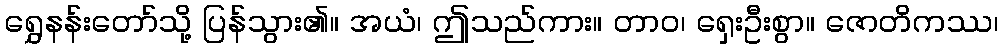
ရွှေနန်းတော်သို့ ပြန်သွား၏။ အယံ၊ ဤသည်ကား။ တာဝ၊ ရှေးဦးစွာ။ ဇောတိကဿ၊